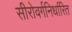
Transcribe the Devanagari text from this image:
सीरोवर्गनिर्धारित